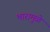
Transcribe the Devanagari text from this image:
भारामुळे